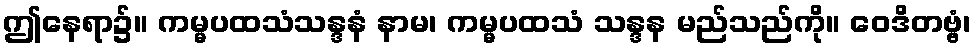
ဤနေရာ၌။ ကမ္မပထသံသန္ဒနံ နာမ၊ ကမ္မပထသံ သန္ဒန မည်သည်ကို။ ဝေဒိတဗ္ဗံ၊